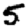
Digit: 5